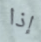
إذا